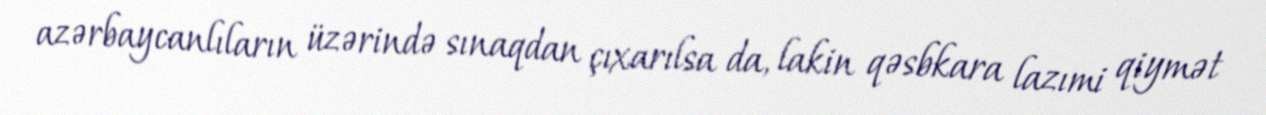
azərbaycanlıların üzərində sınaqdan çıxarılsa da, lakin qəsbkara lazımi qiymət